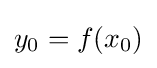
y_{0}=f(x_{0})